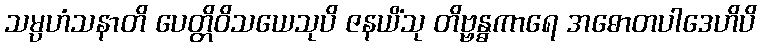
သမ္ပဟံသနာတိ ပေတ္တိဝိသယေသုပိ ဇနယိံသု တိဗ္ဗန္ဓကာရေ အဓောတပါဒေဟိပိ